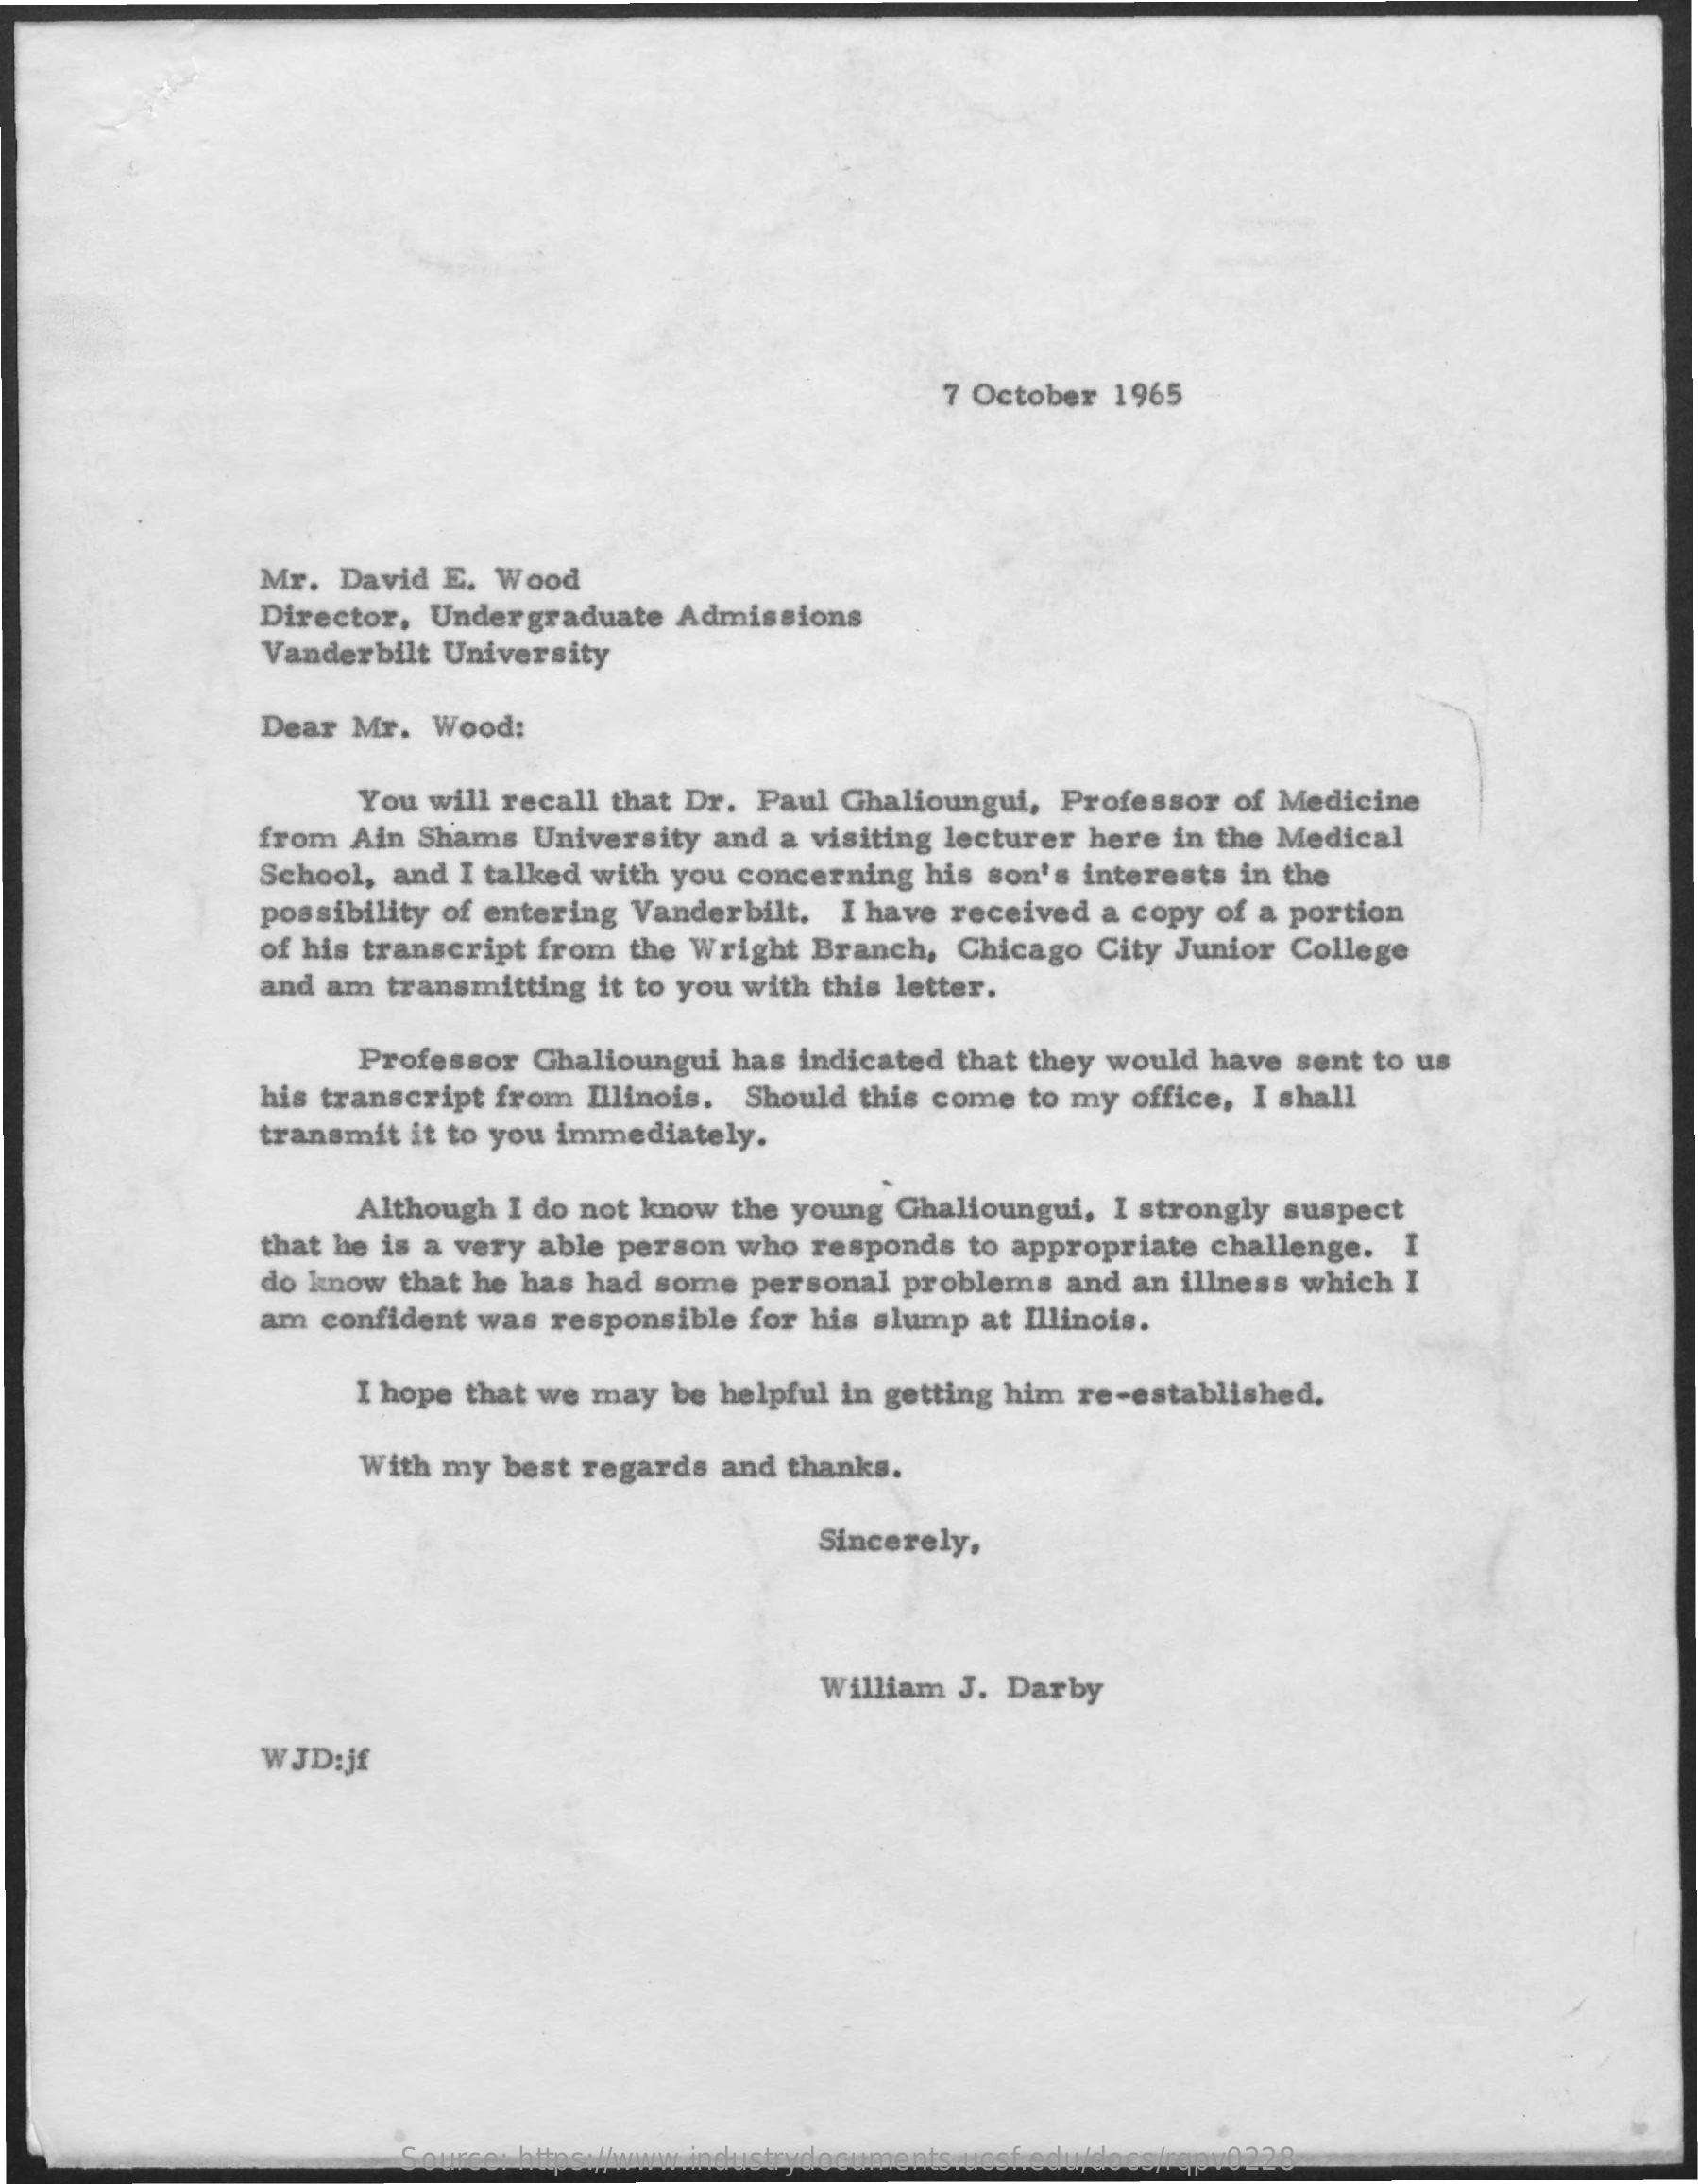
7 October 1965
     Mr. David E. Wood
     Director, Undergraduate Admissions
     Vanderbilt University
     Dear Mr. Wood:
     You will recall that Dr. Paul Ghalioungui, Professor of Medicine
     from Ain Shams University and a visiting lecturer here in the Medical
     School, and I talked with you concerning his son's interests in the
     possibility of entering Vanderbilt. I have received a copy of a portion
     of his transcript from the Wright Branch, Chicago City Junior College
     and am transmitting it to you with this letter.
     Professor Ghalioungui has indicated that they would have sent to us
     his transcript from Illinois. Should this come to my office, I shall
     transmit it to you immediately.
     Although I do not know the young Ghalioungui, I strongly suspect
     that he is a very able person who responds to appropriate challenge. I
     do know that he has had some personal problems and an illness which I
     am confident was responsible for his slump at Illinois.
     I hope that we may be helpful in getting him re-established.
     With my best regards and thanks.
     Sincerely,
     William J. Darby
     WJD:jf
     Source: https://www.industrydocuments.ucsf.edu/docs/rqpv0228